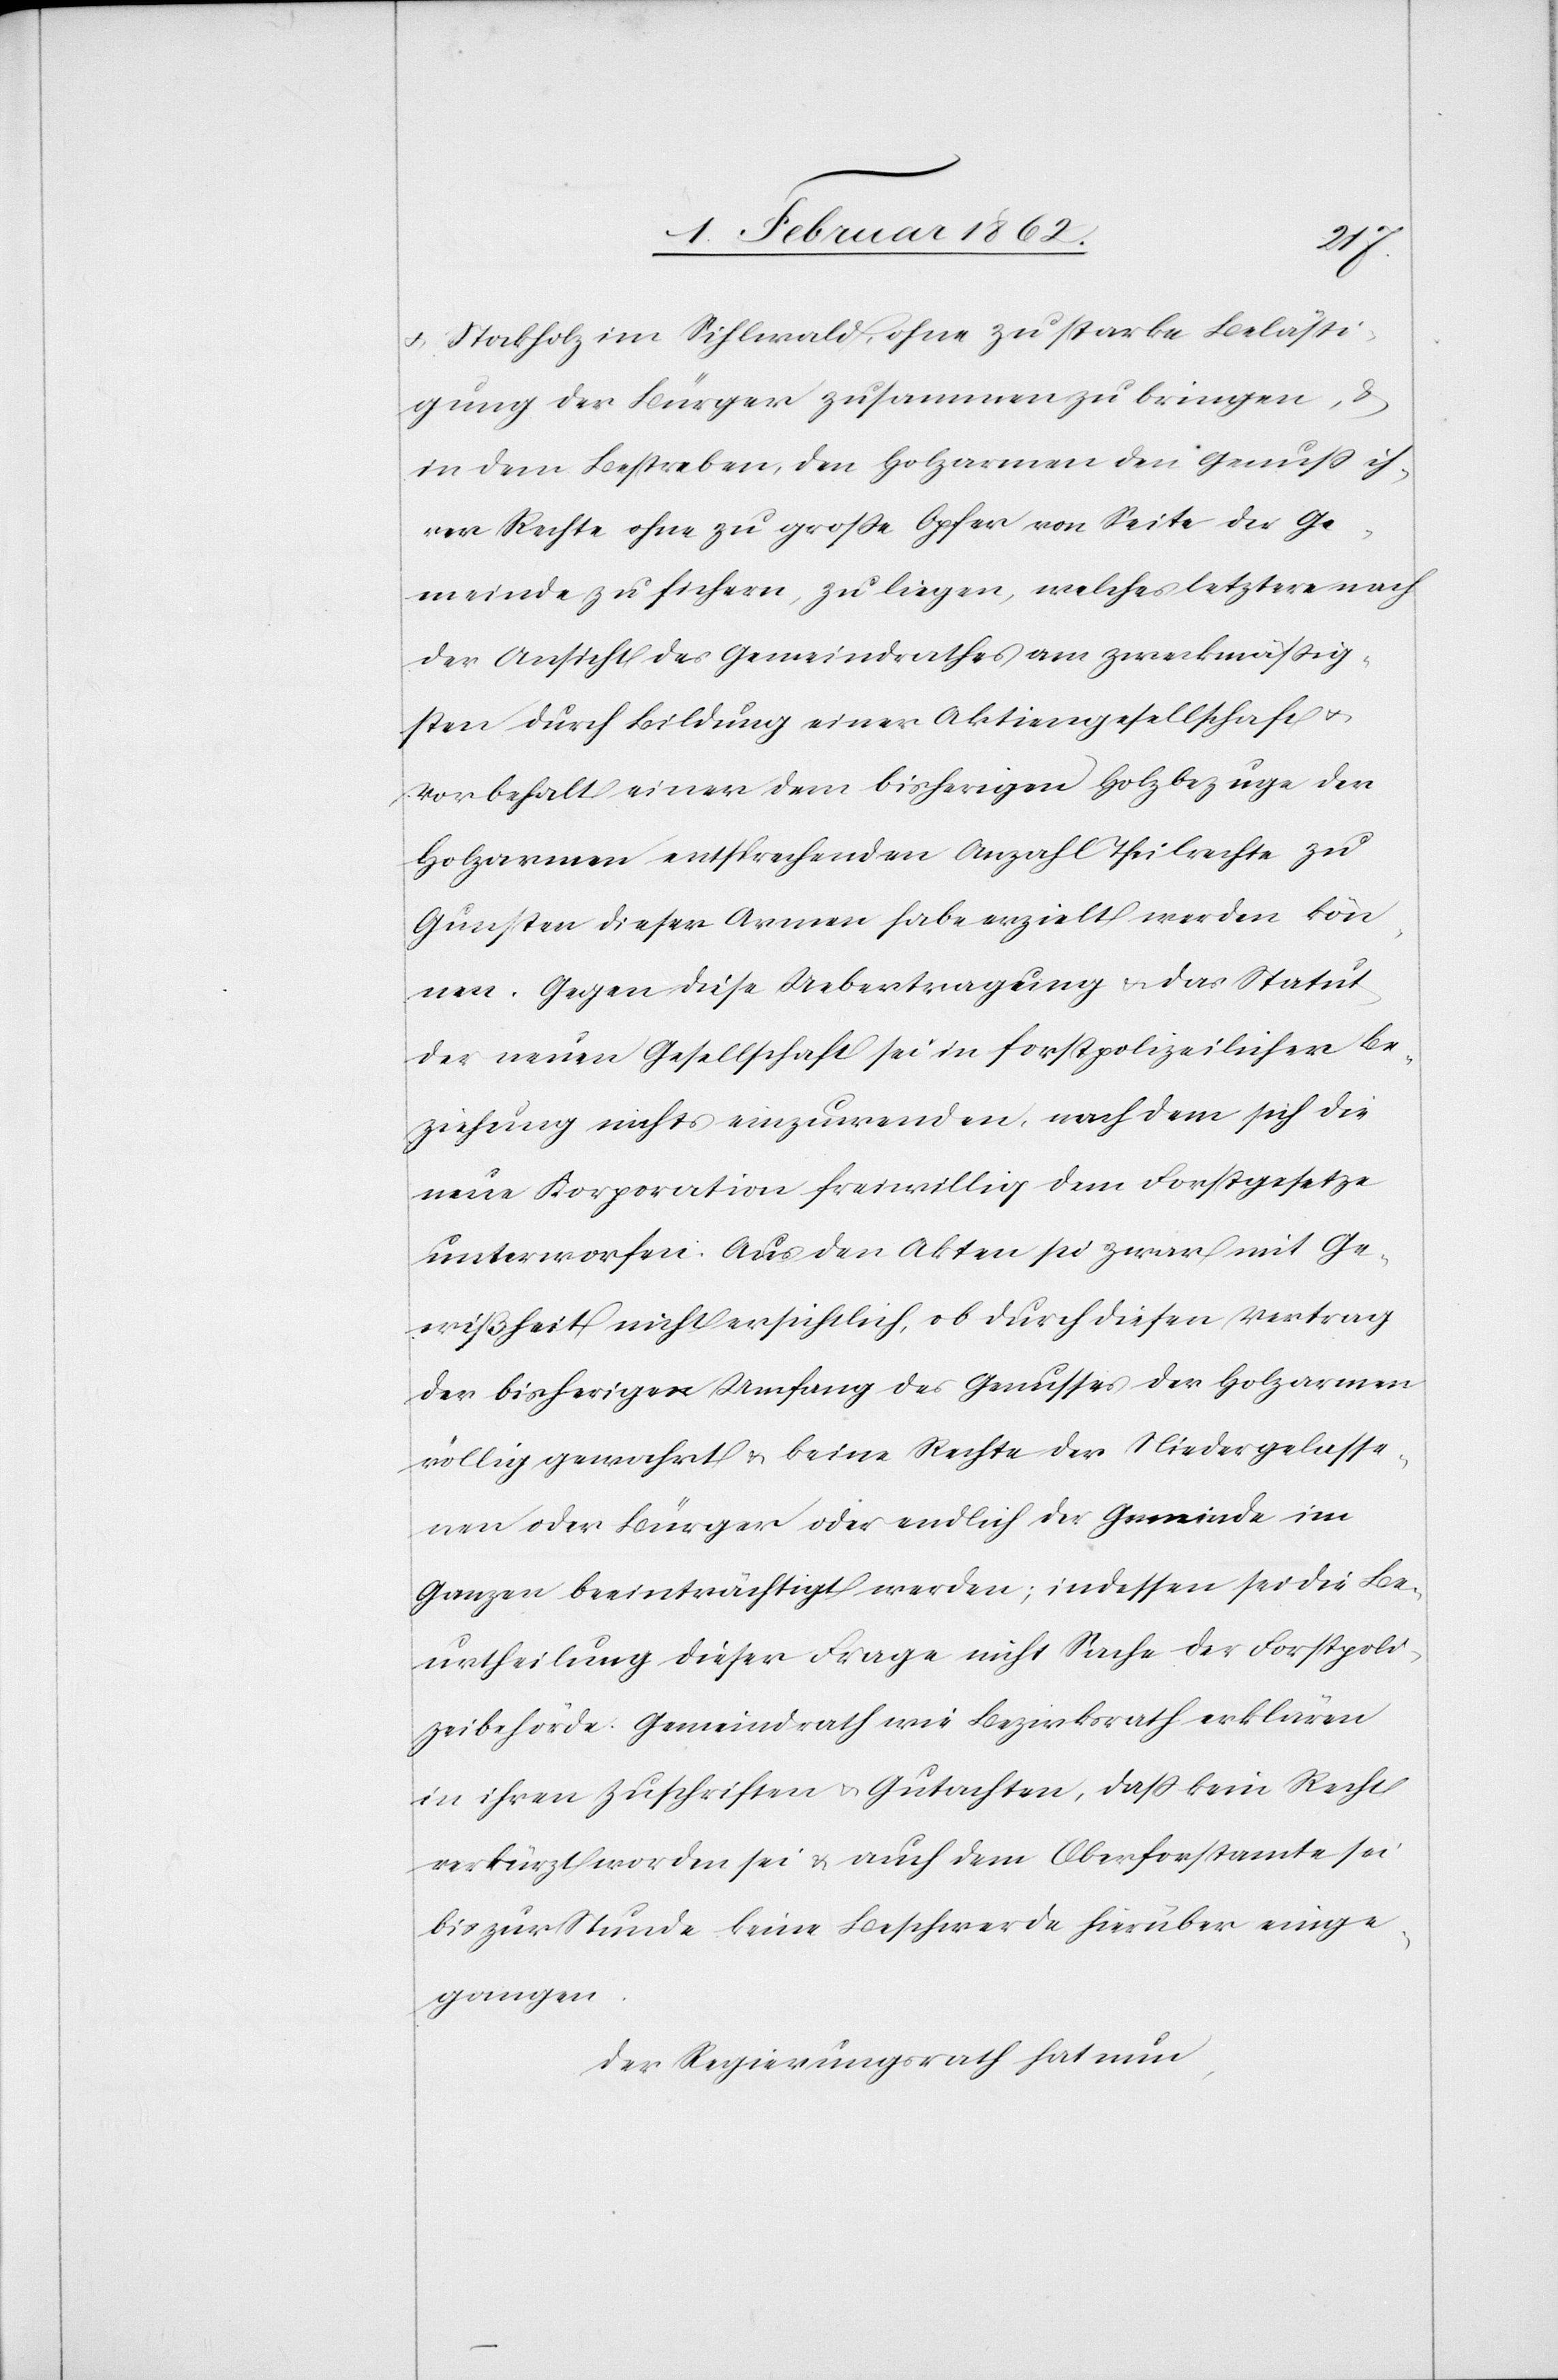
u. Stockholz im Sihlwald[)], ohne zu starke Belästi¬
gung der Bürger zusammenzubringen, &
in dem Bestreben, den Holzarmen den Genuß ih¬
rer Rechte ohne zu große Opfer von Seite der Ge¬
meinde zu sichern, zu liegen, welches letztere nach
der Ansicht des Gemeindrathes am zweckmäßig¬
sten durch Bildung einer Aktiengesellschaft u.
Vorbehalt einer dem bisherigen Holzbezuge der
Holzarmen entsprechenden Anzahl Theilrechte zu
Gunsten dieser Armen habe erzielt werden kön¬
nen. Gegen diese Uebertragung u. das Statut
der neuen Gesellschaft sei in forstpolizeilicher Be¬
ziehung nichts einzuwenden, nach dem sich die
neue Korporation freiwillig dem Forstgesetze
unterworfen. Aus den Akten sei zwar mit Ge¬
wißheit nicht ersichtlich, ob durch diesen Vertrag
der bisherige Umfang des Genusses der Holzarmen
völlig gewahrt u. keine Rechte der Niedergelasse¬
nen oder Bürger oder endlich der Gemeinde im
Ganzen beeinträchtigt werden; indessen sei die Be¬
urtheilung dieser Frage nicht Sache der Forstpoli¬
zeibehörde. Gemeindrath wie Bezirksrath erklären
in ihren Zuschriften u. Gutachten, daß kein Recht
verkürzt worden sei & auch dem Oberforstamte sei
bis zur Stunde keine Beschwerde hierüber einge¬
gangen.
Der Regierungsrath hat nun,